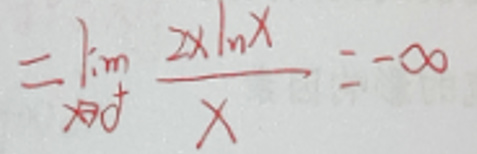
\[
=\lim_{x\to 0^{+}}\frac{2x\ln x}{x}=-\infty
\]